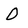
Character: O